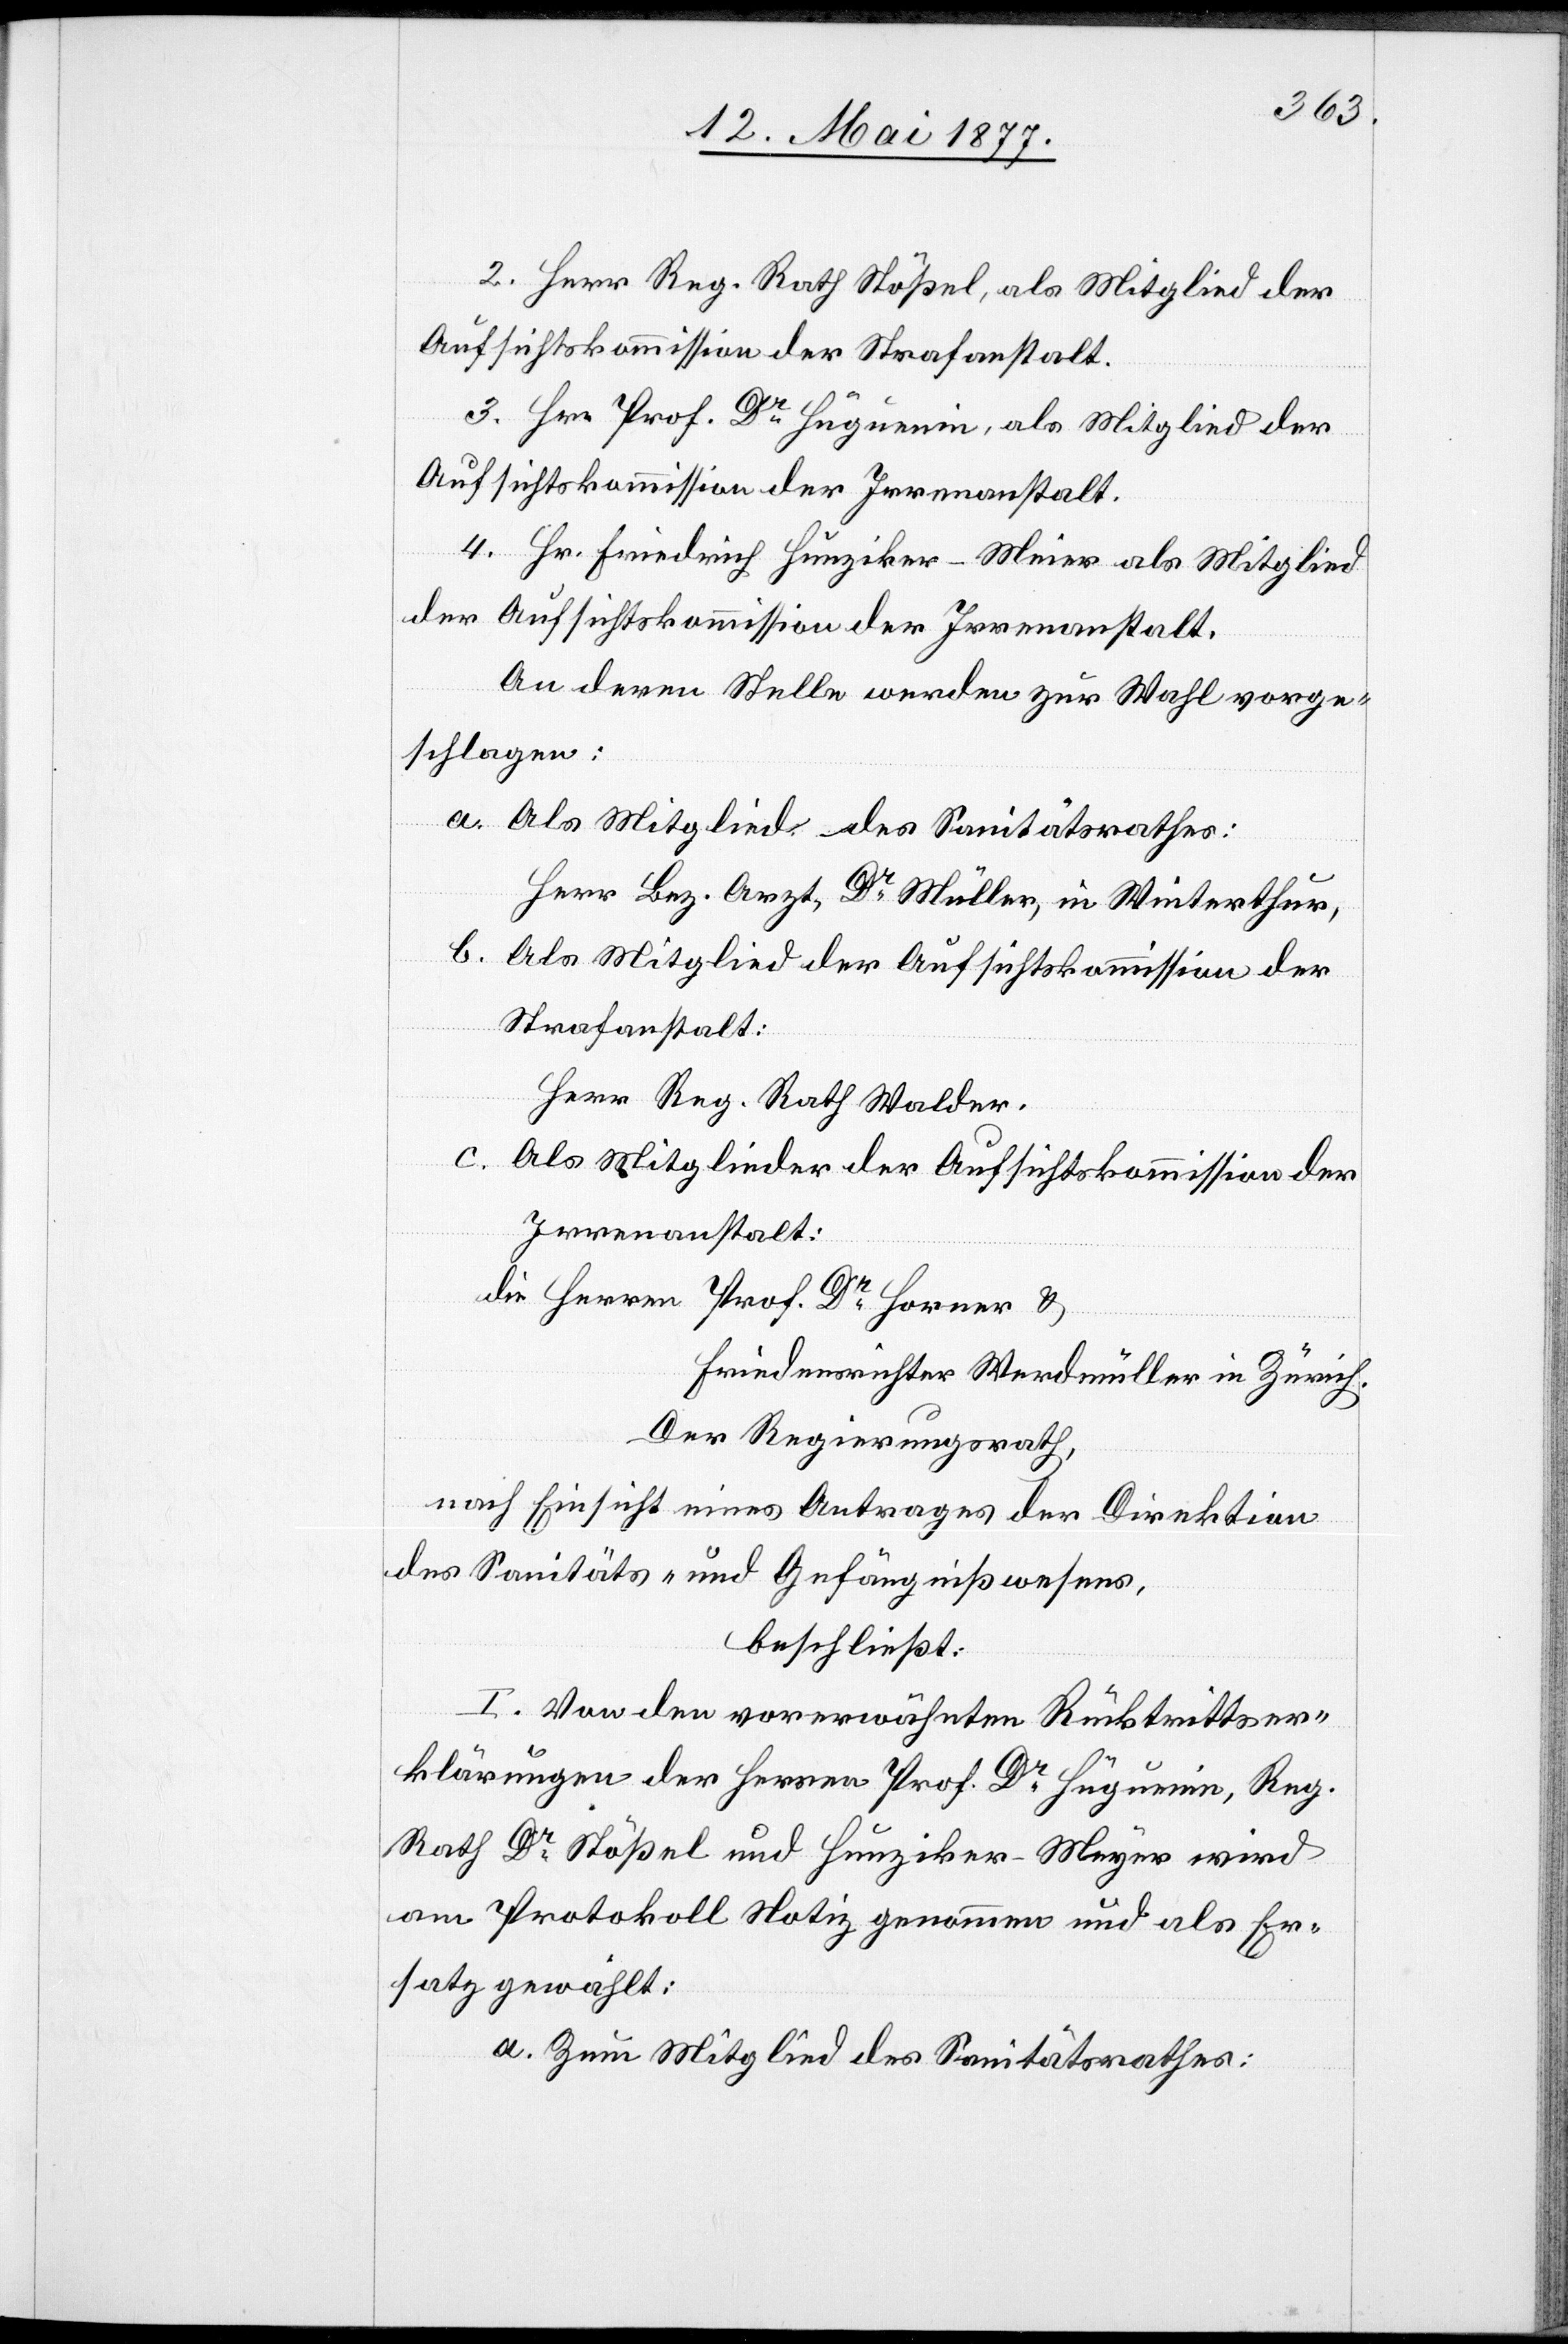
2. Herr Reg. Rath Stößel, als Mitglied der
Aufsichtskommission der Strafanstalt.
3. Hr. Prof. Dr Huguenin, als Mitglied der
Aufsichtskommission der Irrenanstalt.
4. Hr. Friedrich Hunziker-Meier als Mitglied
der Aufsichtskommission der Irrenanstalt.
An deren Stelle werden zur Wahl vorge¬
schlagen:
a. Als Mitglied des Sanitätsrathes:
Herr Bez. Arzt Dr Müller, in Winterthur.
b. Als Mitglied der Aufsichtskommission der
Strafanstalt:
Herr Reg. Rath Walder.
c. Als Mitglieder der Aufsichtskommission der
Irrenanstalt:
Die Herren Prof. Dr Horner &
Friedensrichter Werdmüller in Zürich.
Der Regierungsrath,
nach Einsicht eines Antrages der Direktion
des Sanitäts- und Gefängnißwesens,
beschließt:
I. Von den vorerwähnten Rücktrittser¬
klärungen der Herren Prof. Dr Huguenin, Reg.
Rath Dr Stößel und Hunziker-Meyer [sic!]
am Protokoll Notiz genommen und als Er¬
satz gewählt:
a. Zum Mitglied des Sanitätsrathes: